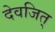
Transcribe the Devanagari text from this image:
देवजित्‌